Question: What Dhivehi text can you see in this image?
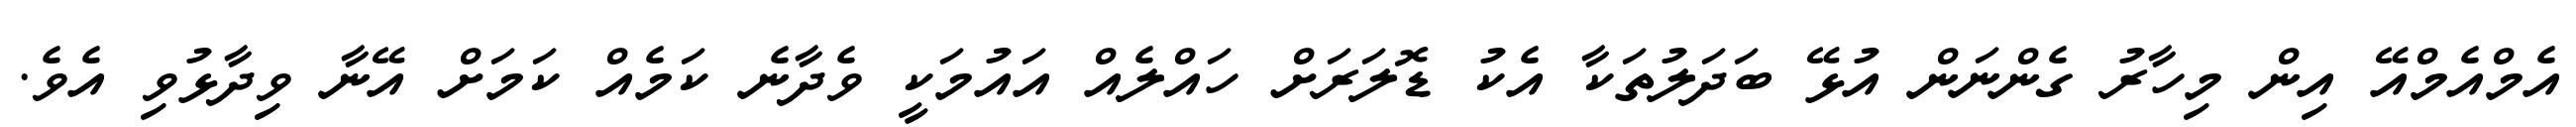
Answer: އެމްއެމްއޭ އިން މިހާރު ގެންނަން އުޅޭ ބަދަލުތަކާ އެކު ޑޮލަރަށް ހައްލެއް އައުމަކީ ވެދާނެ ކަމެއް ކަމަށް އޭނާ ވިދާޅުވި އެވެ.